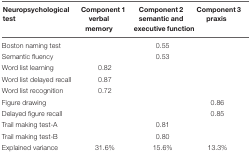
<table><thead><tr><td><b>Neuropsychological test</b></td><td><b>Component 1 verbal memory</b></td><td><b>Component 2 semantic and executive function</b></td><td><b>Component 3 praxis</b></td></tr></thead><tbody><tr><td>Boston naming test</td><td></td><td>0.55</td><td></td></tr><tr><td>Semantic fluency</td><td></td><td>0.53</td><td></td></tr><tr><td>Word list learning</td><td>0.82</td><td></td><td></td></tr><tr><td>Word list delayed recall</td><td>0.87</td><td></td><td></td></tr><tr><td>Word list recognition</td><td>0.72</td><td></td><td></td></tr><tr><td>Figure drawing</td><td></td><td></td><td>0.86</td></tr><tr><td>Delayed figure recall</td><td></td><td></td><td>0.85</td></tr><tr><td>Trail making test-A</td><td></td><td>0.81</td><td></td></tr><tr><td>Trail making test-B</td><td></td><td>0.80</td><td></td></tr><tr><td>Explained variance</td><td>31.6%</td><td>15.6%</td><td>13.3%</td></tr></tbody></table>